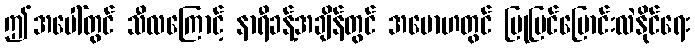
ဤအပေါ်တွင် သီလကြောင့် နာရီခန့်အချိန်တွင် အမောဟတွင် ပြုပြင်ပြောင်းလဲနိုင်ရေး